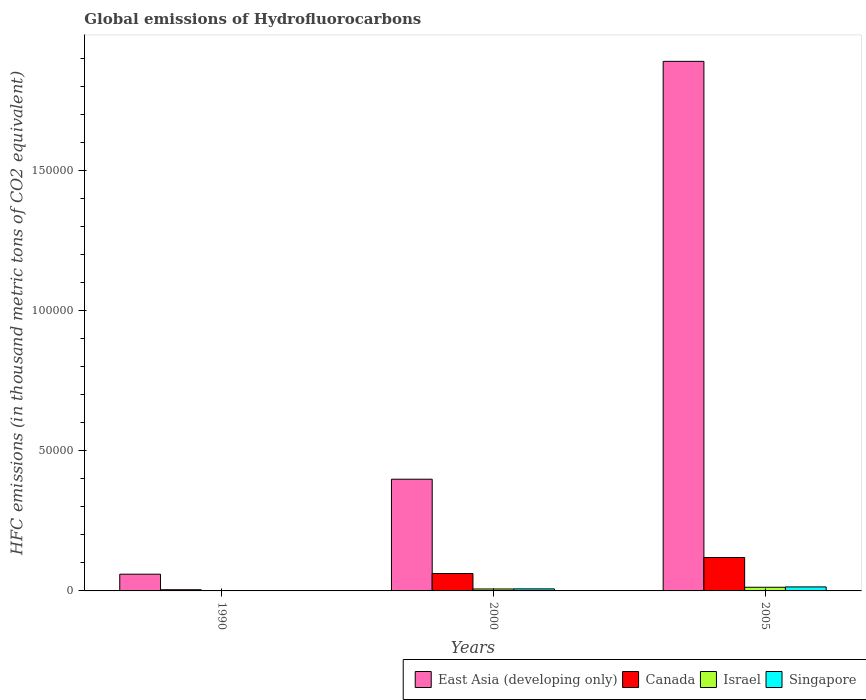
| Years | East Asia (developing only) | Canada | Israel | Singapore |
 | --- | --- | --- | --- | --- |
 | 1990 | 5.97e+03 | 418 | 4.6 | 12.6 |
 | 2000 | 3.99e+04 | 6.2e+03 | 692 | 729 |
 | 2005 | 1.89e+05 | 1.19e+04 | 1.30e+03 | 1.43e+03 |